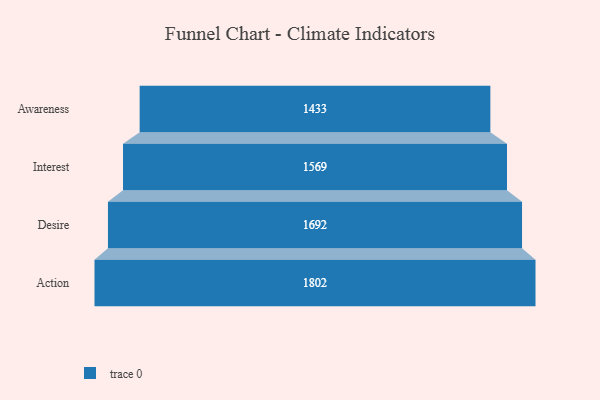
{"axis": {"x": "Stage", "y": "Value"}, "legend": [""], "data": [{"x": "Awareness", "y": 1433.0, "type": ""}, {"x": "Interest", "y": 1569.0, "type": ""}, {"x": "Desire", "y": 1692.0, "type": ""}, {"x": "Action", "y": 1802.0, "type": ""}]}